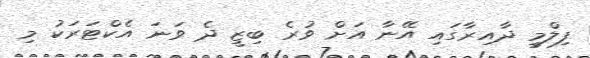
ފިލްމީ ދާއިރާގައި އޭނާ އަށް ވުރެ ބިޒީ ދެ ވަނަ އެކްޓަރަކު މި